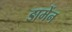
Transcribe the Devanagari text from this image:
डामेंन